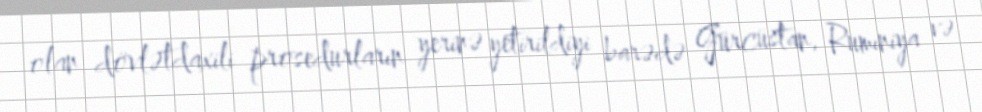
olan dövlətdaxili prosedurların yerinə yetirildiyi barədə Gürcüstan, Rumıniya və